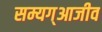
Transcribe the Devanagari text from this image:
सम्यग्आजीव